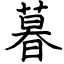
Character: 暮